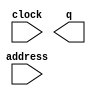
module romramka (
	address,
	clock,
	q);

	input	[13:0]  address;
	input	  clock;
	output	[7:0]  q;
`ifndef ALTERA_RESERVED_QIS
// synopsys translate_off
`endif
	tri1	  clock;
`ifndef ALTERA_RESERVED_QIS
// synopsys translate_on
`endif

endmodule